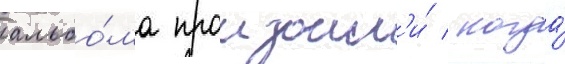
альбо́ма произошл'и́ / когда́